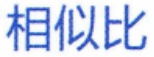
相似比